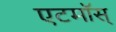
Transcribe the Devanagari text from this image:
एटमॉस्